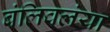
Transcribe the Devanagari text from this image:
बंलिवलंया